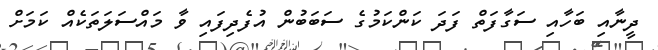
ދީނާއި ބަހާއި ސަގާފަތް ފަދަ ކަންކަމުގެ ސަބަބުން އުފެދިފައި ވާ މައްސަލަތަކެއް ކަމަށް